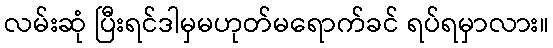
လမ်းဆုံ ပြီးရင်ဒါမှမဟုတ်မရောက်ခင် ရပ်ရမှာလား။